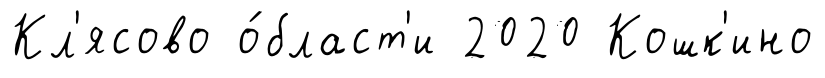
Кл'ясово о́бласт'и 2020 Кошк'ино